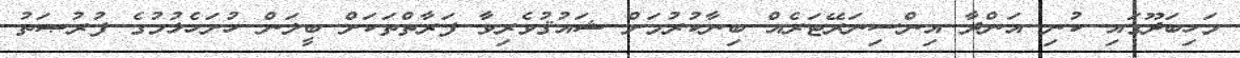
މަހިބަދޫގައި ކުނި އަންދާ އިންސިނަރޭޓަރެއް ބިނާކުރުމަށް ޝައުޤުވެރިވާ ފަރާތްތަކަށް ބީލަން ހުށަހެޅުމުގެ ފުރުޞަތު